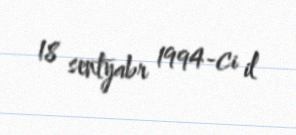
18 sentyabr 1994-ci il